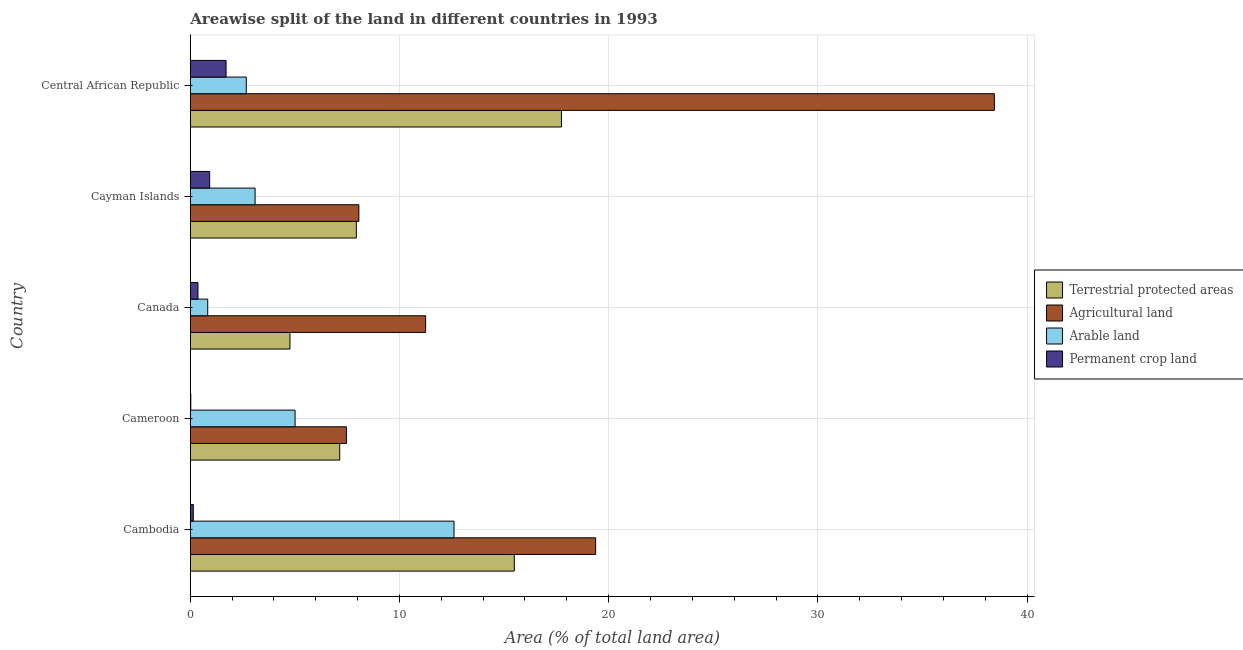
| Country | Terrestrial protected areas | Agricultural land | Arable land | Permanent crop land |
 | --- | --- | --- | --- | --- |
 | Cambodia | 15.5 | 19.4 | 12.6 | 0.144 |
 | Cameroon | 7.14 | 7.46 | 5.01 | 0.0238 |
 | Canada | 4.77 | 11.2 | 0.833 | 0.367 |
 | Cayman Islands | 7.94 | 8.06 | 3.1 | 0.927 |
 | Central African Republic | 17.7 | 38.4 | 2.68 | 1.71 |